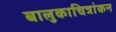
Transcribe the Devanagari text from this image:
बालुकाचित्रांकन